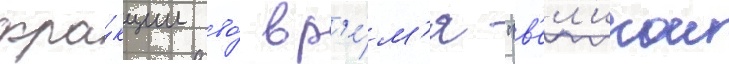
фра́кции во́ вр'е́м'я "в'ел'икои